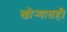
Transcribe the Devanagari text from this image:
खोर्‍यातही